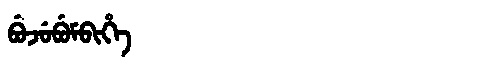
Manchu: ᠪᡠᠵᡠᠪᡠᠮᠪᡳᡥᡝ
Romanization: BUJUBUMBIHE